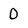
Character: 0